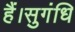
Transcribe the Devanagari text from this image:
हैं।सुगंधि